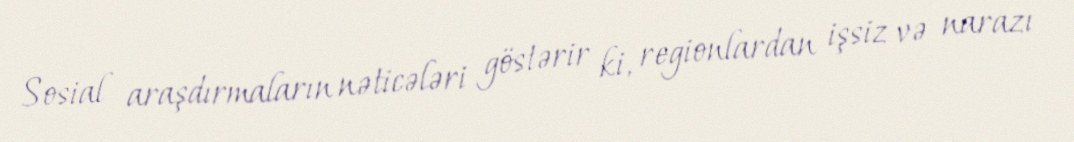
Sosial araşdırmaların nəticələri göstərir ki, regionlardan işsiz və narazı